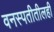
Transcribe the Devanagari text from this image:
वनस्पतीतीलही